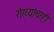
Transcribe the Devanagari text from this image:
रोख्यांचाही